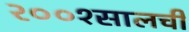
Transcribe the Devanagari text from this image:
२००१सालची